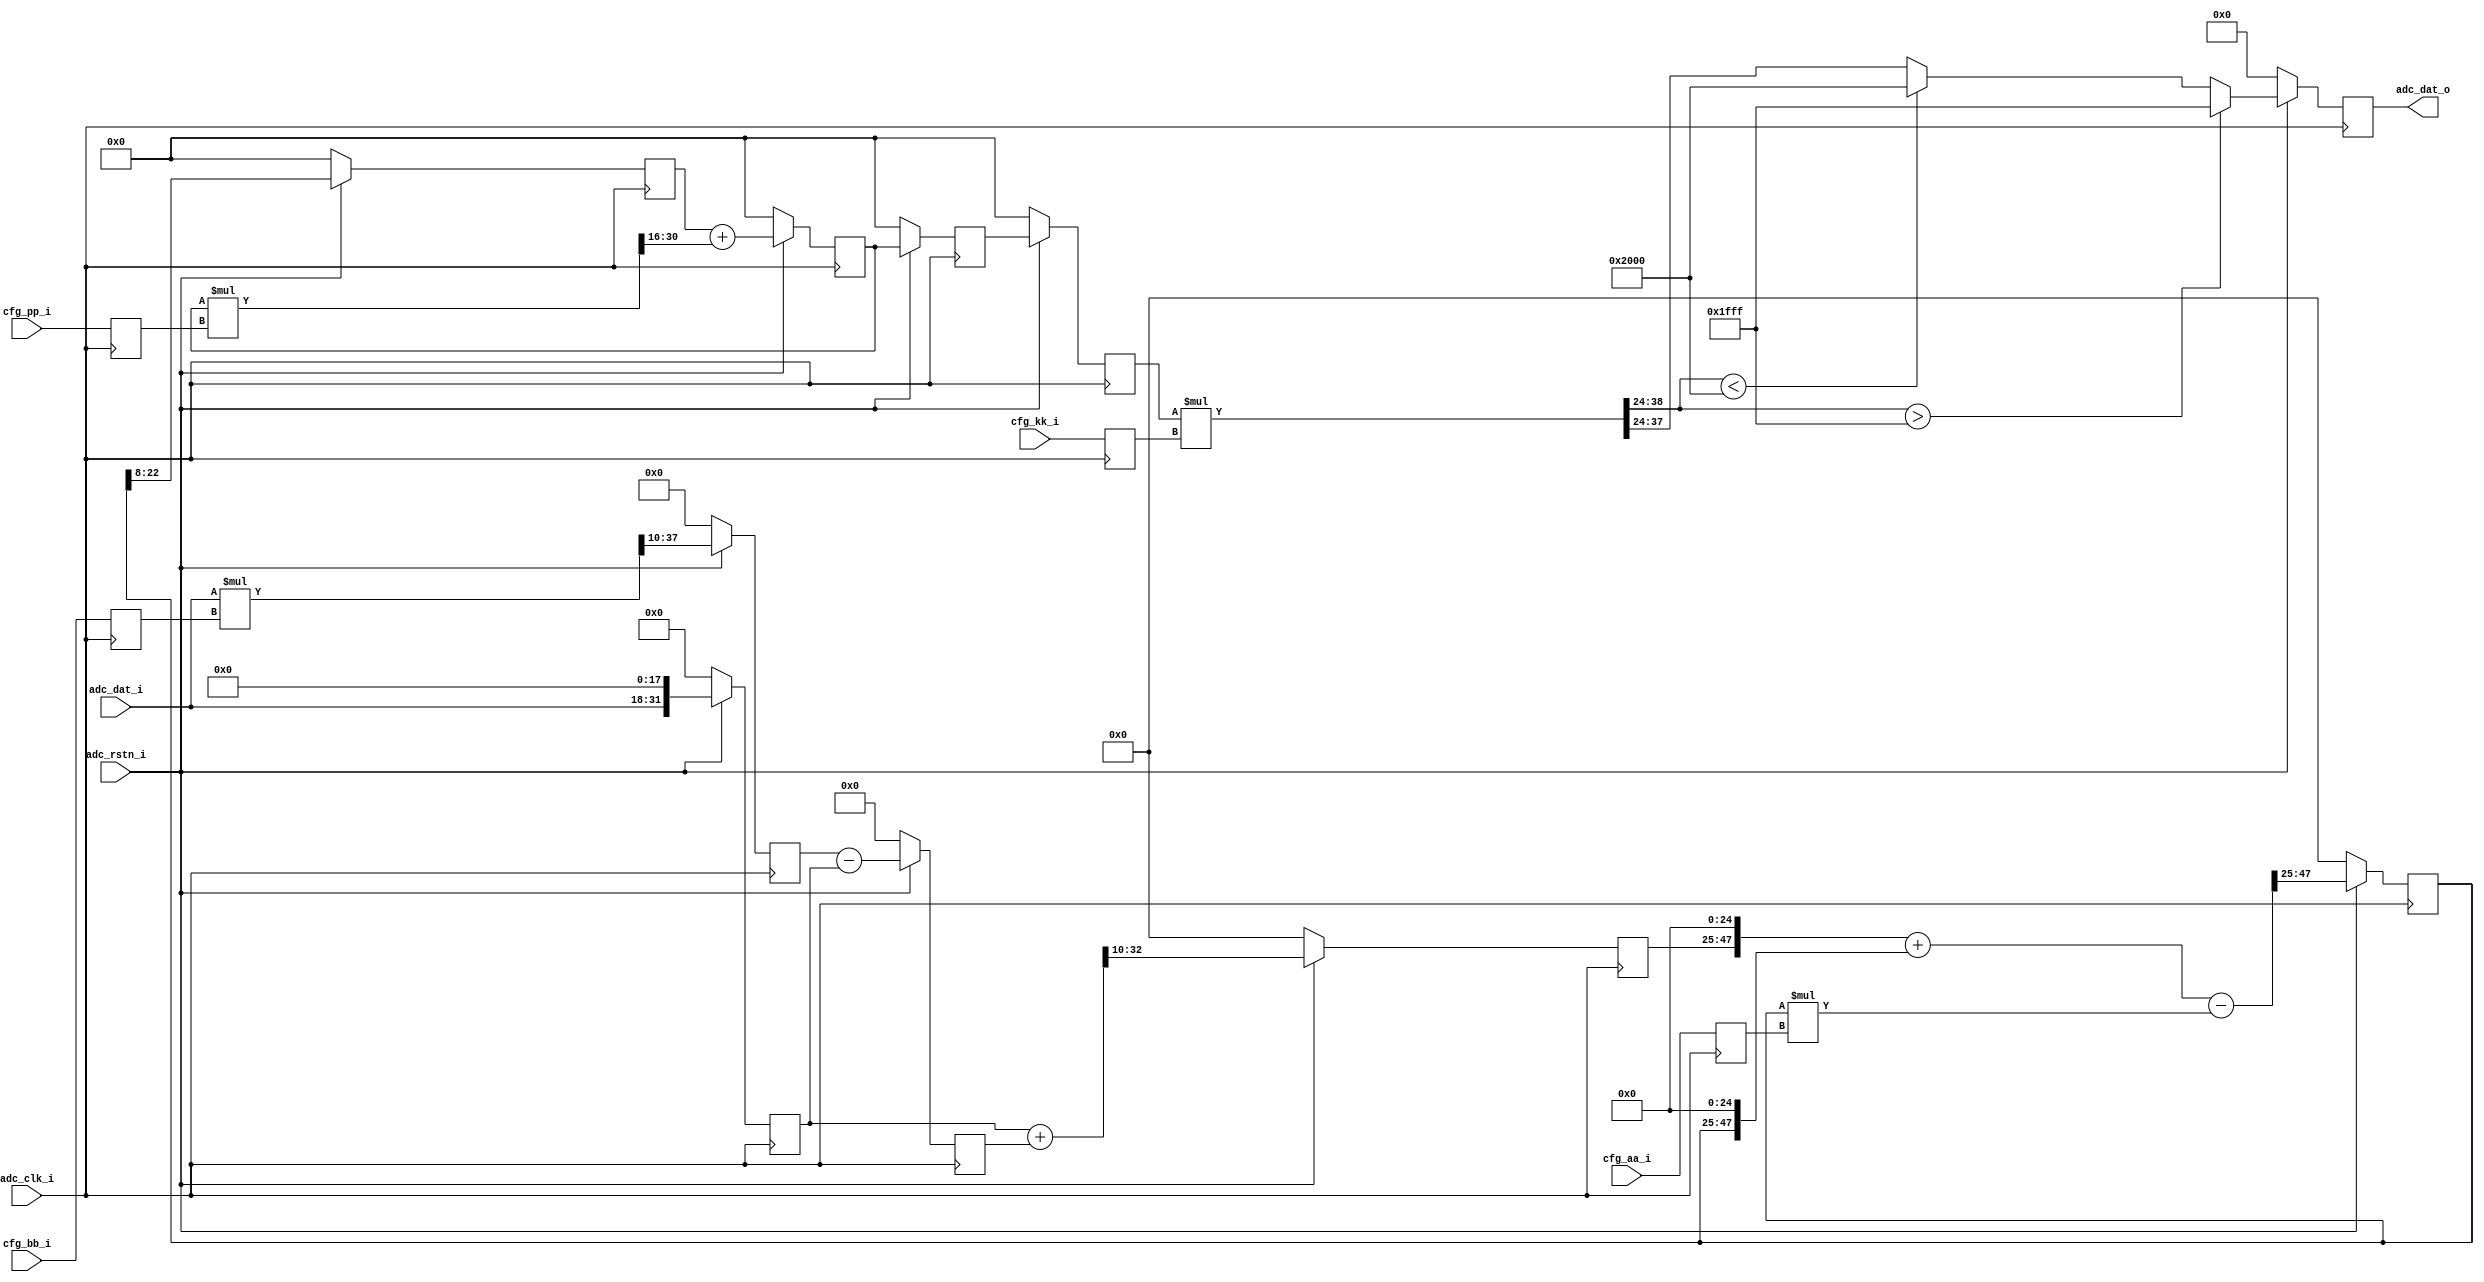
// This program was cloned from: https://github.com/marceluda/rp_lock-in_pid
// License: GNU General Public License v3.0

/**
 * $Id: red_pitaya_dfilt1.v 964 2014-01-24 12:58:17Z matej.oblak $
 *
 * @brief Red Pitaya equalization filter.
 *
 * @Author Matej Oblak
 *
 * (c) Red Pitaya  http://www.redpitaya.com
 *
 * This part of code is written in Verilog hardware description language (HDL).
 * Please visit http://en.wikipedia.org/wiki/Verilog
 * for more details on the language used herein.
 */

/**
 * GENERAL DESCRIPTION:
 *
 * Filter to equalize input analog chain. 
 *
 */

module red_pitaya_dfilt1 (
   // ADC
   input                 adc_clk_i       ,  //!< ADC clock
   input                 adc_rstn_i      ,  //!< ADC reset - active low
   input      [ 14-1: 0] adc_dat_i       ,  //!< ADC data
   output     [ 14-1: 0] adc_dat_o       ,  //!< ADC data

   // configuration
   input      [ 18-1: 0] cfg_aa_i        ,  //!< config AA coefficient
   input      [ 25-1: 0] cfg_bb_i        ,  //!< config BB coefficient
   input      [ 25-1: 0] cfg_kk_i        ,  //!< config KK coefficient
   input      [ 25-1: 0] cfg_pp_i           //!< config PP coefficient
);

//---------------------------------------------------------------------------------
//  register configuration - timing improvements

reg  [ 18-1: 0] cfg_aa_r  ;
reg  [ 25-1: 0] cfg_bb_r  ;
reg  [ 25-1: 0] cfg_kk_r  ;
reg  [ 25-1: 0] cfg_pp_r  ;

always @(posedge adc_clk_i) begin
   cfg_aa_r <= cfg_aa_i ;
   cfg_bb_r <= cfg_bb_i ;
   cfg_kk_r <= cfg_kk_i ;
   cfg_pp_r <= cfg_pp_i ;
end

//---------------------------------------------------------------------------------
//  FIR

wire [ 39-1: 0] bb_mult   ;
wire [ 33-1: 0] r2_sum    ;
reg  [ 33-1: 0] r1_reg    ;
reg  [ 23-1: 0] r2_reg    ;
reg  [ 32-1: 0] r01_reg   ;
reg  [ 28-1: 0] r02_reg   ;


assign bb_mult = $signed(adc_dat_i) * $signed(cfg_bb_r);
assign r2_sum  = $signed(r01_reg) + $signed(r1_reg);

always @(posedge adc_clk_i) begin
   if (adc_rstn_i == 1'b0) begin
      r1_reg  <= 33'h0 ;
      r2_reg  <= 23'h0 ;
      r01_reg <= 32'h0 ;
      r02_reg <= 28'h0 ;
   end
   else begin
      r1_reg  <= $signed(r02_reg) - $signed(r01_reg) ;
      r2_reg  <= r2_sum[33-1:10];
      r01_reg <= {adc_dat_i,18'h0};
      r02_reg <= bb_mult[39-2:10];
   end
end

//---------------------------------------------------------------------------------
//  IIR 1

wire [ 41-1: 0] aa_mult   ;
wire [ 49-1: 0] r3_sum    ; //24 + 25
(* use_dsp48="yes" *) reg  [ 23-1: 0] r3_reg    ;


assign aa_mult = $signed(r3_reg) * $signed(cfg_aa_r);
assign r3_sum  = $signed({r2_reg,25'h0}) + $signed({r3_reg,25'h0}) - $signed(aa_mult[41-1:0]);

always @(posedge adc_clk_i) begin
   if (adc_rstn_i == 1'b0) begin
      r3_reg  <= 23'h0 ;
   end
   else begin
      r3_reg  <= r3_sum[49-2:25] ;
   end
end

//---------------------------------------------------------------------------------
//  IIR 2

wire [ 40-1: 0] pp_mult   ;
wire [ 16-1: 0] r4_sum    ;
reg  [ 15-1: 0] r4_reg    ;
reg  [ 15-1: 0] r3_shr    ;

assign pp_mult = $signed(r4_reg) * $signed(cfg_pp_r);
assign r4_sum  = $signed(r3_shr) + $signed(pp_mult[40-2:16]);

always @(posedge adc_clk_i) begin
   if (adc_rstn_i == 1'b0) begin
      r3_shr <= 15'h0 ;
      r4_reg <= 15'h0 ;
   end
   else begin
      r3_shr <= r3_reg[23-1:8] ;
      r4_reg <= r4_sum[16-2:0] ;
   end
end

//---------------------------------------------------------------------------------
//  Scaling

wire [ 40-1: 0] kk_mult   ;
reg  [ 15-1: 0] r4_reg_r  ;
reg  [ 15-1: 0] r4_reg_rr ;
reg  [ 14-1: 0] r5_reg    ;

assign kk_mult = $signed(r4_reg_rr) * $signed(cfg_kk_r);

always @(posedge adc_clk_i) begin
   if (adc_rstn_i == 1'b0) begin
      r4_reg_r  <= 15'h0 ;
      r4_reg_rr <= 15'h0 ;
      r5_reg    <= 14'h0 ;
   end
   else begin
      r4_reg_r  <= r4_reg   ;
      r4_reg_rr <= r4_reg_r ;

      if ($signed(kk_mult[40-2:24]) > $signed(14'h1FFF))
         r5_reg <= 14'h1FFF ;
      else if ($signed(kk_mult[40-2:24]) < $signed(14'h2000))
         r5_reg <= 14'h2000 ;
      else
         r5_reg <= kk_mult[24+14-1:24];
   end
end

assign adc_dat_o = r5_reg ;

endmodule